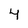
Character: 4